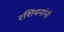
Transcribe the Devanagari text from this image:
रशियनांनी